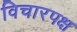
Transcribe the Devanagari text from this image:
विचारपक्ष